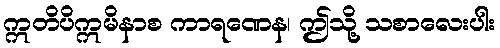
ဣတိပိဣမိနာစ ကာရဏေန၊ ဤသို့ သစာလေးပါး